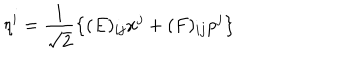
LaTeX: \eta ^ { i } = \frac { 1 } { \sqrt { 2 } } \left\{ ( E ) _ { i j } x ^ { j } + ( F ) _ { i j } p ^ { j } \right\} \hspace { 0 . 1 5 c m } .